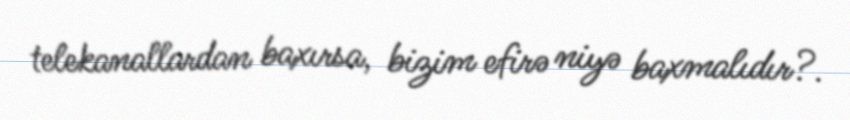
telekanallardan baxırsa, bizim efirə niyə baxmalıdır?.